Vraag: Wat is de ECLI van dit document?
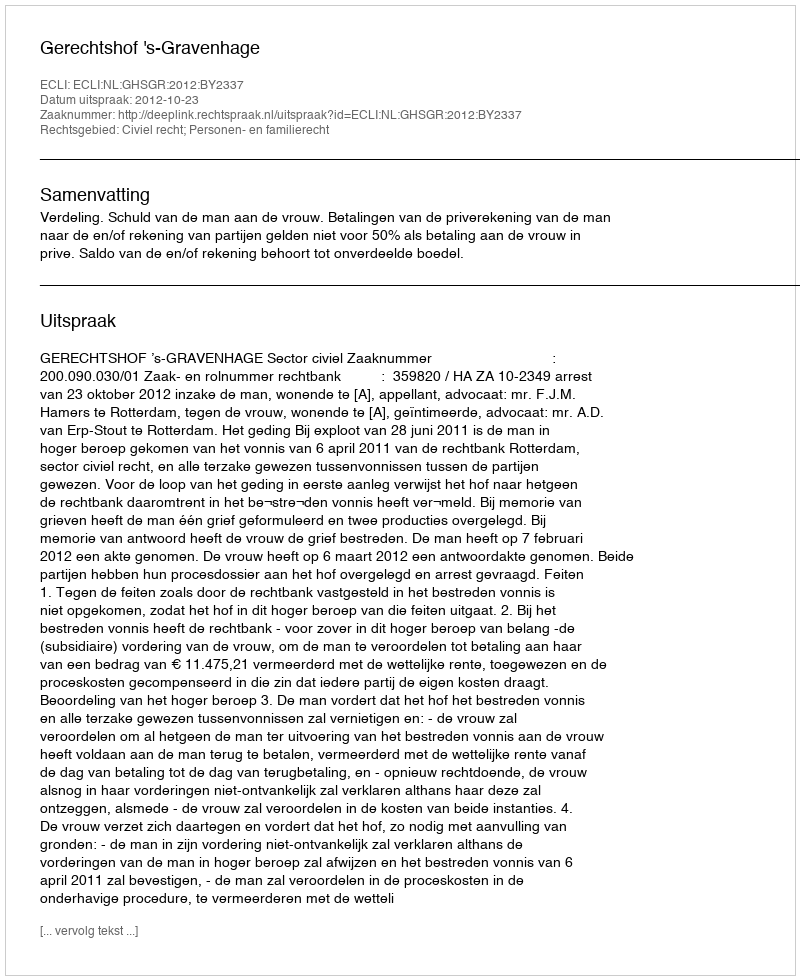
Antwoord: ECLI:NL:GHSGR:2012:BY2337